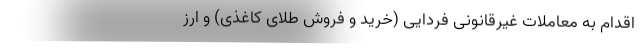
اقدام به معاملات غیرقانونی فردایی (خرید و فروش طلای کاغذی) و ارز